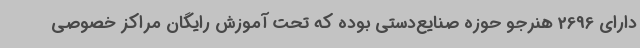
دارای 2696 هنرجو حوزه صنایع‌دستی بوده که تحت آموزش رایگان مراکز خصوصی